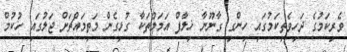
ވެރިކަމުގެ ދަހިވެތިކަމުގައި ހިންގި ގާނޫނާ ޚިލާފް އަމަލުތަކާ ގުޅިގެން މަތިމައްޗަށް ޖަލުގައި ހުކުމް